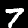
Label: 7